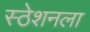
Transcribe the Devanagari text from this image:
स्ठेशनला